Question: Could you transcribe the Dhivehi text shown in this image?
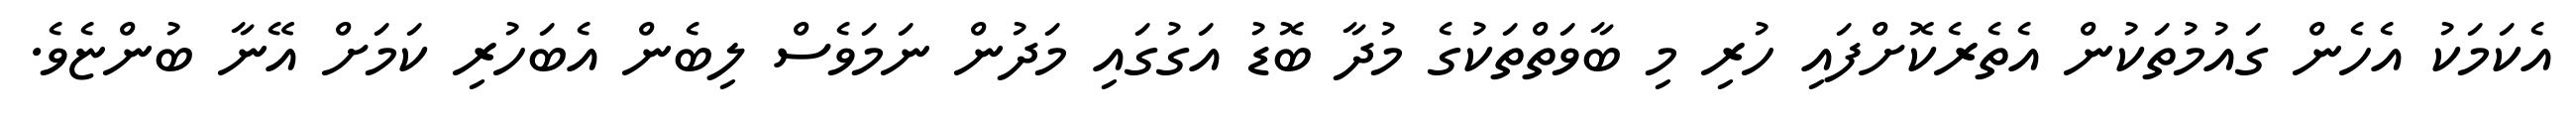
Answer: އެކަމަކު އެހެން ގައުމުތަކުން އެތެރެކޮށްފައި ހުރި މި ބާވަތްތަކުގެ މުދާ ބޮޑު އަގުގައި މަދުން ނަމަވެސް ލިބެން އެބަހުރި ކަމަށް އޭނާ ބުންޏެވެ.